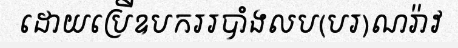
ដោយប្រើឧបកររបាំងលប(បរ)ណរ៉ាវ